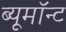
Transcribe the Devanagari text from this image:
ब्यूमॉन्ट